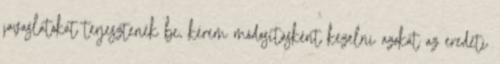
javaslatokat terjesztenék be, kérem módosításként kezelni azokat az eredeti